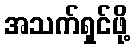
အသက်ရှင်ဖို့